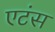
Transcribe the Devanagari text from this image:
एटंस